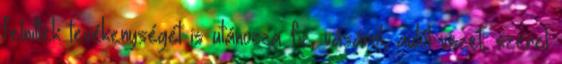
felnıttek tevékenységét is utánozza: fız, vásárol, autót vezet, szerel